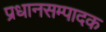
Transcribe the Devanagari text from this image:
प्रधानसम्पादक